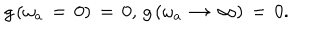
LaTeX: g \left( \omega _ { a } \, = \, 0 \right) \, = \, 0 , \, g \left( \omega _ { a } \, \rightarrow \, \infty \right) \, = \, 0 .